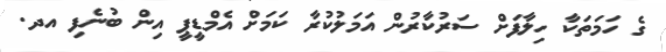
ގެ ހަމަތަކާ ހިލާފަށް ސަރުކާރުން އަމަލުކުރާ ކަމަށް އެމްޑީޕީ އިން ބުނެފި އދ.